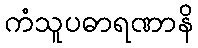
ကံသူပဓာရဏာနိ